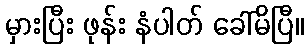
မှားပြီး ဖုန်း နံပါတ် ခေါ်မိပြီ။